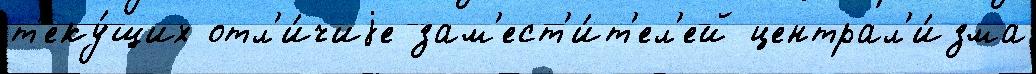
т'еку́щих отл'и́чиjе зам'ест'и́т'ел'ей централ'и́зма